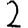
Digit: 2